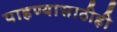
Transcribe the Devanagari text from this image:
पाहण्यासाठीही